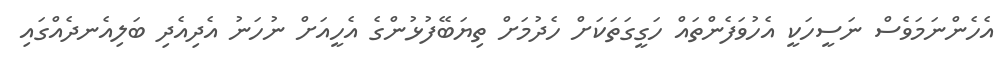
އެހެންނަމަވެސް ނަސީހަކީ އެހުވަފެންތައް ހަގީގަތަކަށް ހެދުމަށް ތިޔަބޭފުޅުންގެެ އެހީއަށް ނުހަނު އެދިއެދި ބަލިއެނދެއްގައި